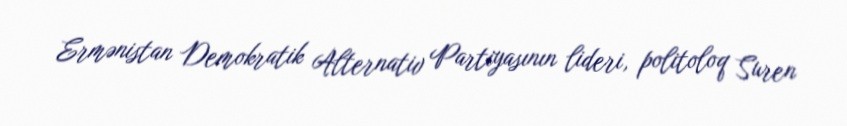
Ermənistan Demokratik Alternativ Partiyasının lideri, politoloq Suren